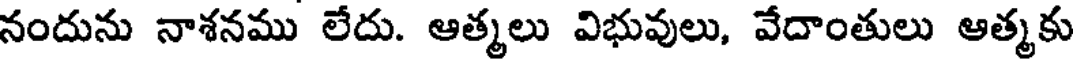
నందును నాశనము లేదు. ఆత్మలు విభువులు, వేదాంతులు ఆత్మకు